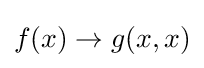
f(x)\to g(x,x)